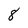
Character: 8